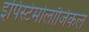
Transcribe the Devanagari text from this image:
इपिस्टेमोलॉजिकल